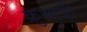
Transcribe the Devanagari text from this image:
क्रुश्नात्री